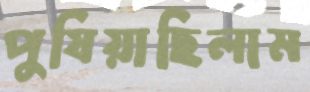
পুষিয়াছিলাম